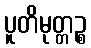
ပူတိမုတ္တဉ္စ